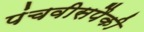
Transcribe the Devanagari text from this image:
पंचवीसपैकी